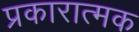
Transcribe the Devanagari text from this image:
प्रकारात्मक